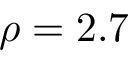
\rho = 2 . 7